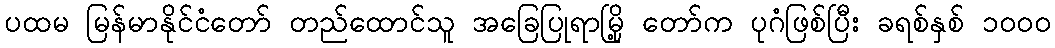
ပထမ မြန်မာနိုင်ငံတော် တည်ထောင်သူ အခြေပြုရာမြို့ တော်က ပုဂံဖြစ်ပြီး ခရစ်နှစ် ၁၀ဝ၀